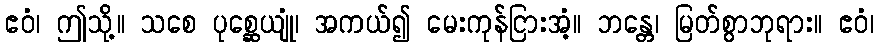
ဧဝံ၊ ဤသို့။ သစေ ပုစ္ဆေယျုံ၊ အကယ်၍ မေးကုန်ငြားအံ့။ ဘန္တေ၊ မြတ်စွာဘုရား။ ဧဝံ၊